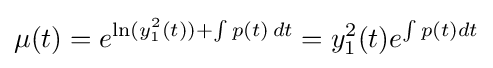
\mu (t)=e^{\ln(y_{1}^{2}(t))+\int p(t)\,dt}=y_{1}^{2}(t)e^{\int p(t)dt}